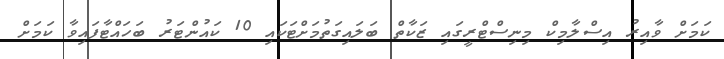
ކަމަށް ވާއިރު އިސްލާމިކް މިނިސްޓްރީގައި ޒަކާތް ބަލައިގަތުމަށްޓަކައި 10 ކައުންޓަރު ބަހައްޓާފައިވާ ކަމަށް